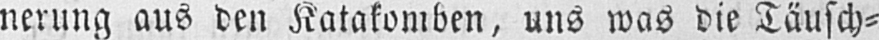
nerung aus den Katakomben, uns was die Täusch⸗